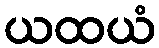
ယထယံ